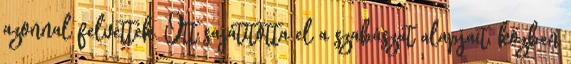
azonnal felvették. Ott sajátította el a szabászat alapjait, közben